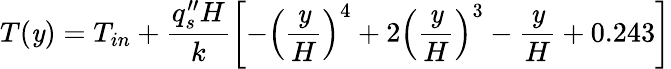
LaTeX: T(\mathit{y})=T_{in}+\frac{{q_{s}^{\prime\prime}H}}{{k}}\left[-\left(\frac{{\mathit{y}}}{{H}}\right)^{4}+2\left(\frac{{\mathit{y}}}{{H}}\right)^{3}-\frac{{\mathit{y}}}{{H}}+0.243\right]